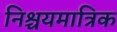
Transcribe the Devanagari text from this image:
निश्चयमात्रिक